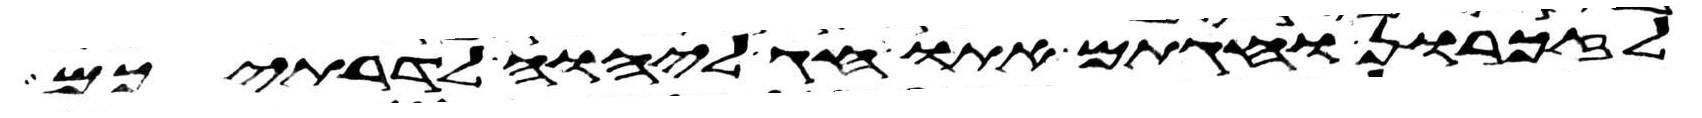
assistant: לזכרון וחגתם אתו חג ליהוה לדרתיכם